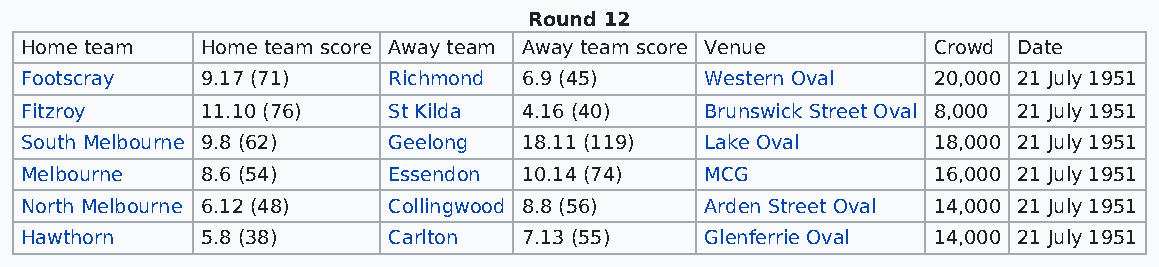
Round 12
 Home team   Home team score Away team Away team score Venue  Crowd Date
 Footscray   9.17 (71)    Richmond 6.9 (45)    Western Oval   20,000 21 July 1951
 Fitzroy     11.10 (76)   St Kilda 4.16 (40)   Brunswick Street Oval 8,000 21 July 1951
 South Melbourne 9.8 (62) Geelong  18.11 (119) Lake Oval      18,000 21 July 1951
 Melbourne   8.6 (54)     Essendon 10.14 (74)  MCG            16,000 21 July 1951
 North Melbourne 6.12 (48) Collingwood 8.8 (56) Arden Street Oval 14,000 21 July 1951
 Hawthorn    5.8 (38)     Carlton  7.13 (55)   Glenferrie Oval 14,000 21 July 1951